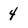
Character: 4